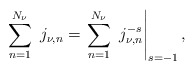
\begin{align*} \sum_{n=1}^{N_{\nu}} \ j_{\nu,n} = \left. \sum_{n=1}^{N_{\nu}} \ j_{\nu,n}^{-s} \right|_{s=-1},\end{align*}